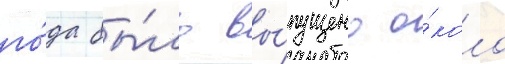
го́да бы́ло вы́пущено о́коло